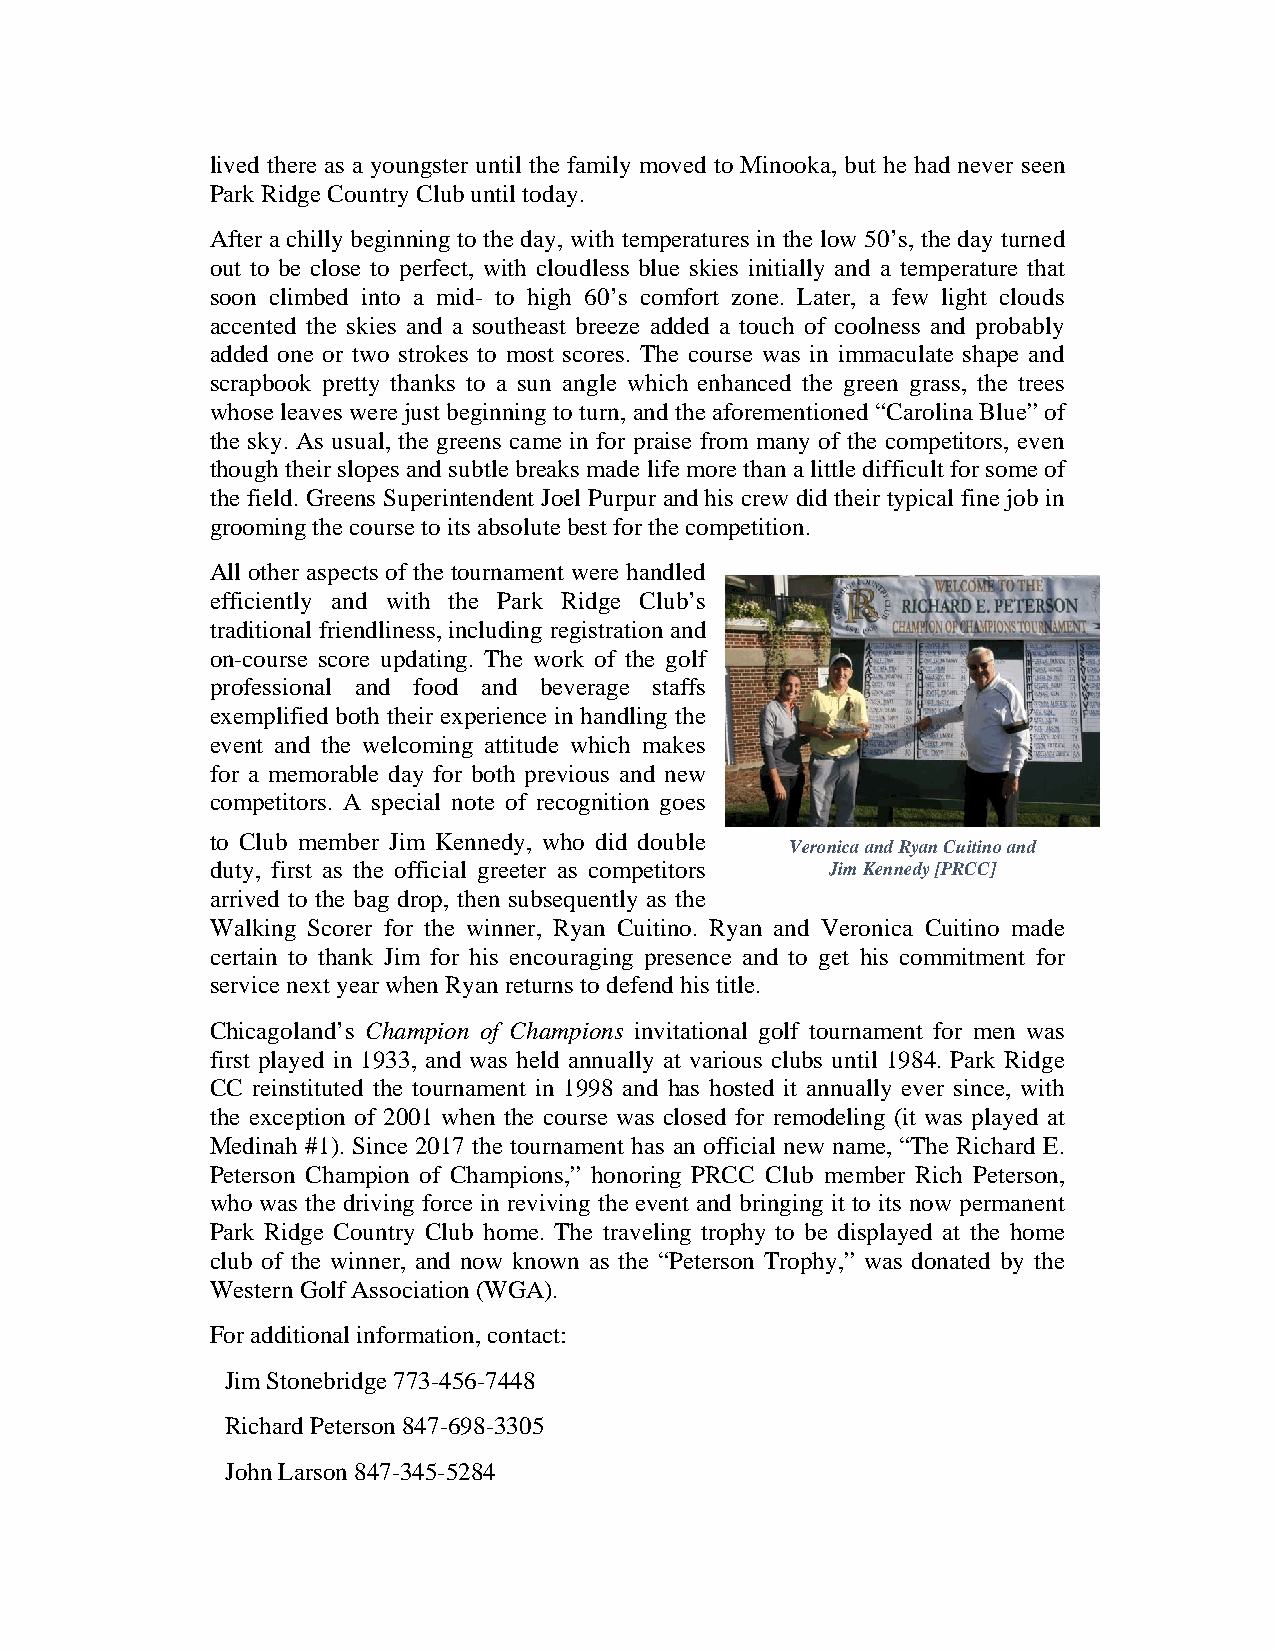
lived there as a youngster until the family moved to Minooka, but he had never seen
 Park Ridge Country Club until today.
 After a chilly beginning to the day, with temperatures in the low 50’s, the day turned
 out to be close to perfect, with cloudless blue skies initially and a temperature that
 soon climbed into a mid- to high 60’s comfort zone. Later, a few light clouds
 accented the skies and a southeast breeze added a touch of coolness and probably
 added one or two strokes to most scores. The course was in immaculate shape and
 scrapbook pretty thanks to a sun angle which enhanced the green grass, the trees
 whose leaves were just beginning to turn, and the aforementioned “Carolina Blue” of
 the sky. As usual, the greens came in for praise from many of the competitors, even
 though their slopes and subtle breaks made life more than a little difficult for some of
 the field. Greens Superintendent Joel Purpur and his crew did their typical fine job in
 grooming the course to its absolute best for the competition.
 All other aspects of the tournament were handled
 efficiently and with the Park Ridge Club’s
 traditional friendliness, including registration and
 on-course score updating. The work of the golf
 professional and food and beverage staffs
 exemplified both their experience in handling the
 event and the welcoming attitude which makes
 for a memorable day for both previous and new
 competitors. A special note of recognition goes
 to Club member Jim Kennedy, who did double
 Veronica and Ryan Cuitino and
 duty, first as the official greeter as competitors Jim Kennedy [PRCC]
 arrived to the bag drop, then subsequently as the
 Walking Scorer for the winner, Ryan Cuitino. Ryan and Veronica Cuitino made
 certain to thank Jim for his encouraging presence and to get his commitment for
 service next year when Ryan returns to defend his title.
 Chicagoland’s Champion of Champions invitational golf tournament for men was
 first played in 1933, and was held annually at various clubs until 1984. Park Ridge
 CC reinstituted the tournament in 1998 and has hosted it annually ever since, with
 the exception of 2001 when the course was closed for remodeling (it was played at
 Medinah #1). Since 2017 the tournament has an official new name, “The Richard E.
 Peterson Champion of Champions,” honoring PRCC Club member Rich Peterson,
 who was the driving force in reviving the event and bringing it to its now permanent
 Park Ridge Country Club home. The traveling trophy to be displayed at the home
 club of the winner, and now known as the “Peterson Trophy,” was donated by the
 Western Golf Association (WGA).
 For additional information, contact:
 Jim Stonebridge 773-456-7448
 Richard Peterson 847-698-3305
 John Larson 847-345-5284